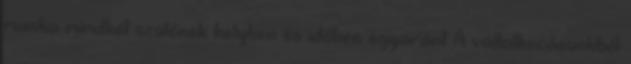
munka mindkét szülőnek helyben és időben egyaránt A vállalkozásunkból